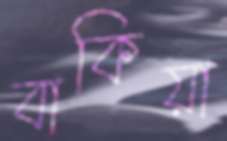
বাকিয়া